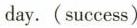
day.(success)